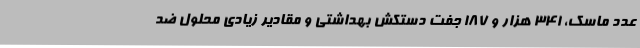
عدد ماسک، 341 هزار و 187 جفت دستکش بهداشتی و مقادیر زیادی محلول ضد